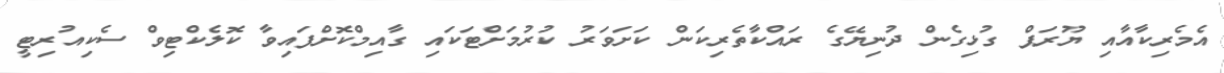
އެމެރިކާއާއި ޔޫރަޕް ގުޅިގެން ދުނިޔޭގެ ރައްކާތެރިކަން ކަށަވަރު ކުރުމަށްޓަކައި ގާއިމްކޮށްފައިވާ ކޮލެކްޓިވް ސެކިއުރިޓީ